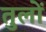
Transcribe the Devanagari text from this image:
तुलों